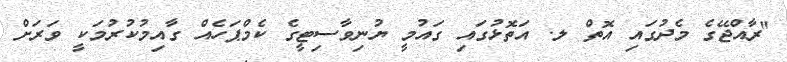
"ރާއްޖޭގެ މެދުގައި އޮތް ލ. އަތޮޅުގައި ގައުމީ ޔުނިވާސިޓީގެ ކެމްޕަހެއް ގާއިމުކުރުމަކީ ވަރަށް